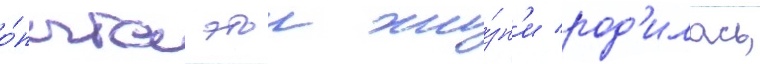
о́пыта этои жи́зн'и род'илась